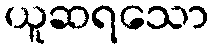
ယူဆရသော